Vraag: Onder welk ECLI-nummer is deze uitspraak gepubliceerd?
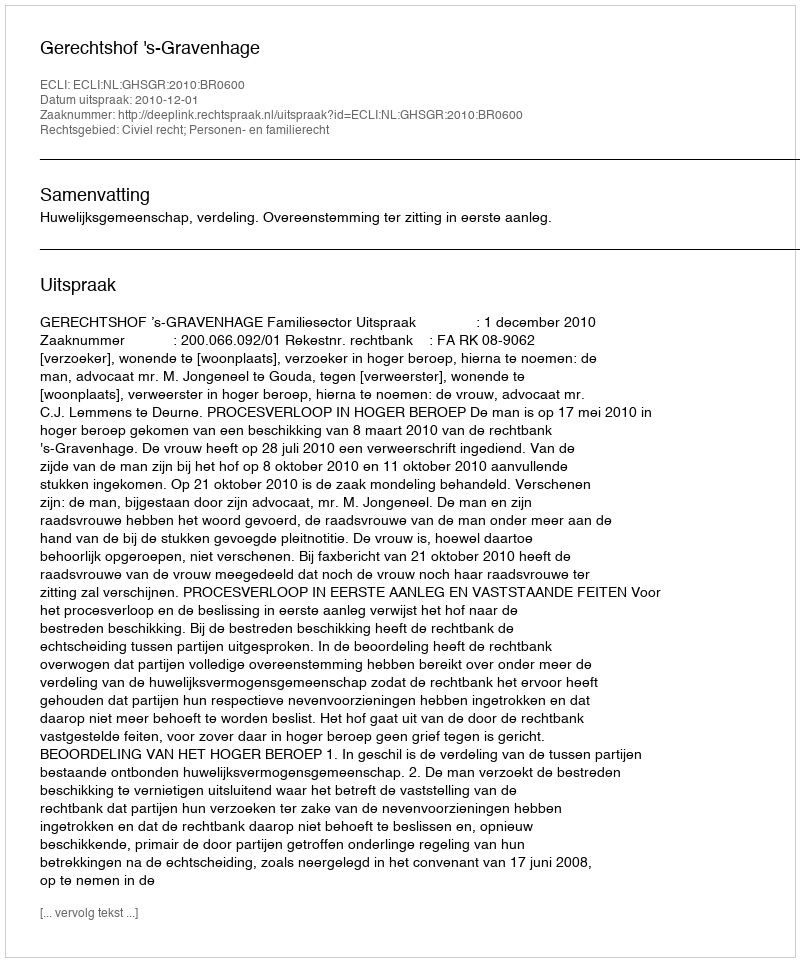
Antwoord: ECLI:NL:GHSGR:2010:BR0600